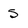
Character: 5